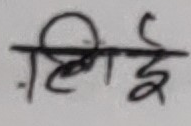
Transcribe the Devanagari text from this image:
पूँजी